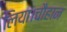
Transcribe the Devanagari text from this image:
लिया।चौहान